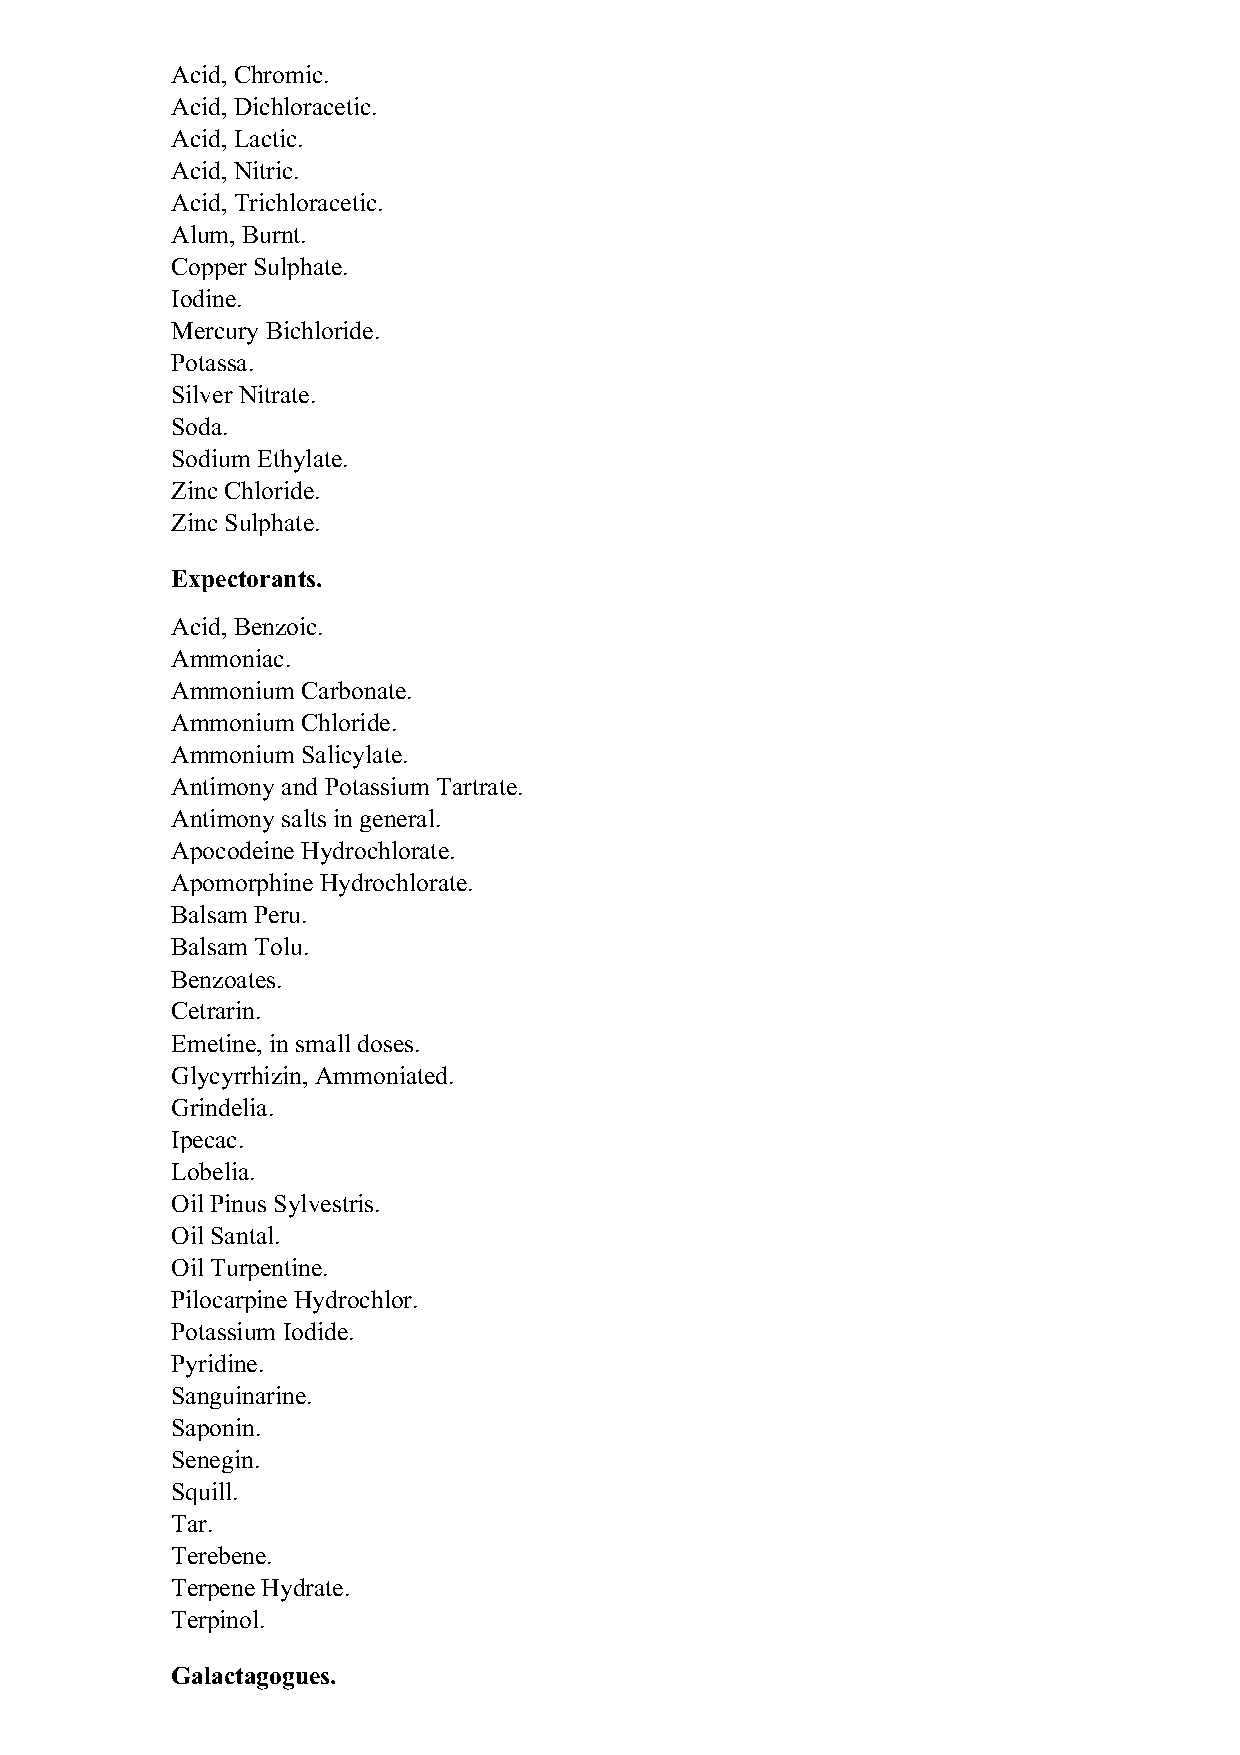
Acid, Chromic.
 Acid, Dichloracetic.
 Acid, Lactic.
 Acid, Nitric.
 Acid, Trichloracetic.
 Alum, Burnt.
 Copper Sulphate.
 Iodine.
 Mercury Bichloride.
 Potassa.
 Silver Nitrate.
 Soda.
 Sodium Ethylate.
 Zinc Chloride.
 Zinc Sulphate.
 Expectorants.
 Acid, Benzoic.
 Ammoniac.
 Ammonium Carbonate.
 Ammonium Chloride.
 Ammonium Salicylate.
 Antimony and Potassium Tartrate.
 Antimony salts in general.
 Apocodeine Hydrochlorate.
 Apomorphine Hydrochlorate.
 Balsam Peru.
 Balsam Tolu.
 Benzoates.
 Cetrarin.
 Emetine, in small doses.
 Glycyrrhizin, Ammoniated.
 Grindelia.
 Ipecac.
 Lobelia.
 Oil Pinus Sylvestris.
 Oil Santal.
 Oil Turpentine.
 Pilocarpine Hydrochlor.
 Potassium Iodide.
 Pyridine.
 Sanguinarine.
 Saponin.
 Senegin.
 Squill.
 Tar.
 Terebene.
 Terpene Hydrate.
 Terpinol.
 Galactagogues.